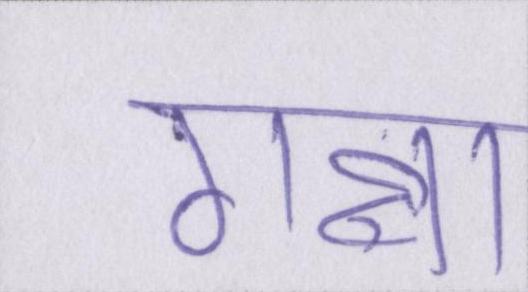
गन्ना